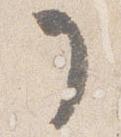
了